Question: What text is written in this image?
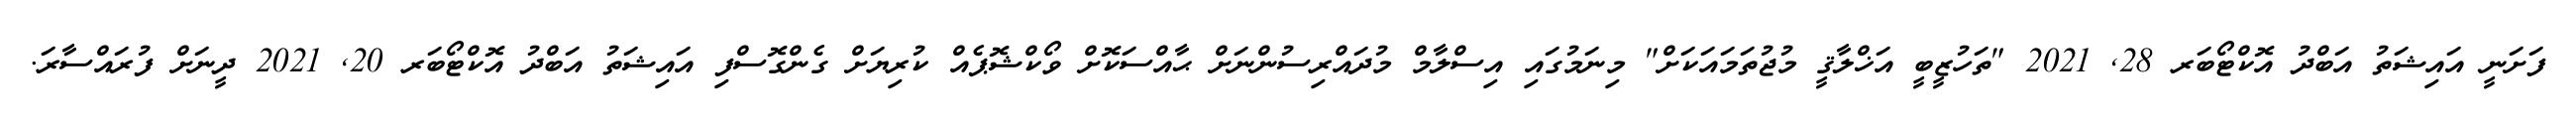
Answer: ފަށަނީ އައިޝަތު އަބްދު އޮކްޓޯބަރ 28, 2021 "ތަހުޒީބީ އަޚްލާޤީ މުޖުތަމައަކަށް" މިނަމުގައި އިސްލާމް މުދައްރިސުންނަށް ޙާއްސަކޮށް ވޯކްޝޮޕެއް ކުރިޔަށް ގެންގޮސްފި އައިޝަތު އަބްދު އޮކްޓޯބަރ 20, 2021 ދީނަށް ފުރައްސާރަ.